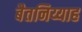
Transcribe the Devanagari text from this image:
बैतनिय्याह